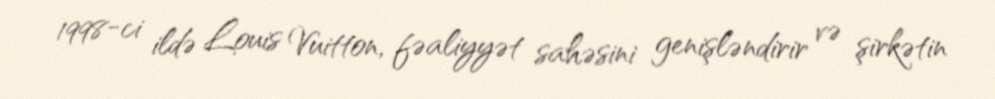
1998-ci ildə Louis Vuitton, fəaliyyət sahəsini genişləndirir və şirkətin